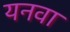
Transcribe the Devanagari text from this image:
यनवा